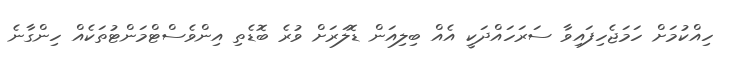
ހިއްކުމަށް ހަމަޖެހިފައިވާ ސަރަހައްދަކީ އެއް ބިލިއަން ޑޮލަރަށް ވުރެ ބޮޑެތި އިންވެސްޓްމަންޓުތަކެއް ހިންގާނެ